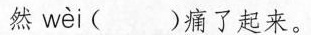
然 wei ()痛了起来。